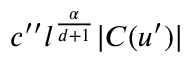
c ^ { \prime \prime } l ^ { \frac { \alpha } { d + 1 } } | C ( u ^ { \prime } ) |